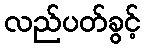
လည်ပတ်ခွင့်